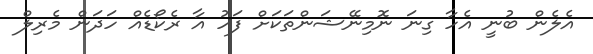
އެލެން ބުނީ އެހާ ގިނަ ނޮމިނޭޝަންތަކަށް ފަހު އާ ރެކޯޑެއް ހަދަން މެރިލް